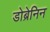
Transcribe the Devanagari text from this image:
डोब्रेनिन